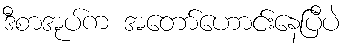
ဒီစာအုပ်က အတော်ဟောင်းနေပြီပဲ